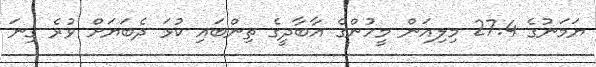
ޔަމަނުގެ 27.4 މިލިއަން މީހުންގެ އާބާދީގެ ތިންބައި ކުޅަ ދެބަޔަށް ވުރެ ގިނަ